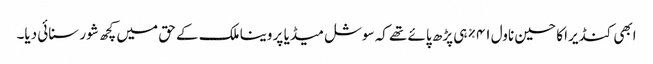
ابھی کنڈیرا کا حسین ناول ۴۱% ہی پڑھ پائے تھے کہ سوشل میڈیا پر وینا ملک کے حق میں کچھ شور سنائی دیا۔